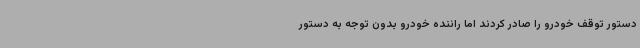
دستور توقف خودرو را صادر کردند اما راننده خودرو بدون توجه به دستور